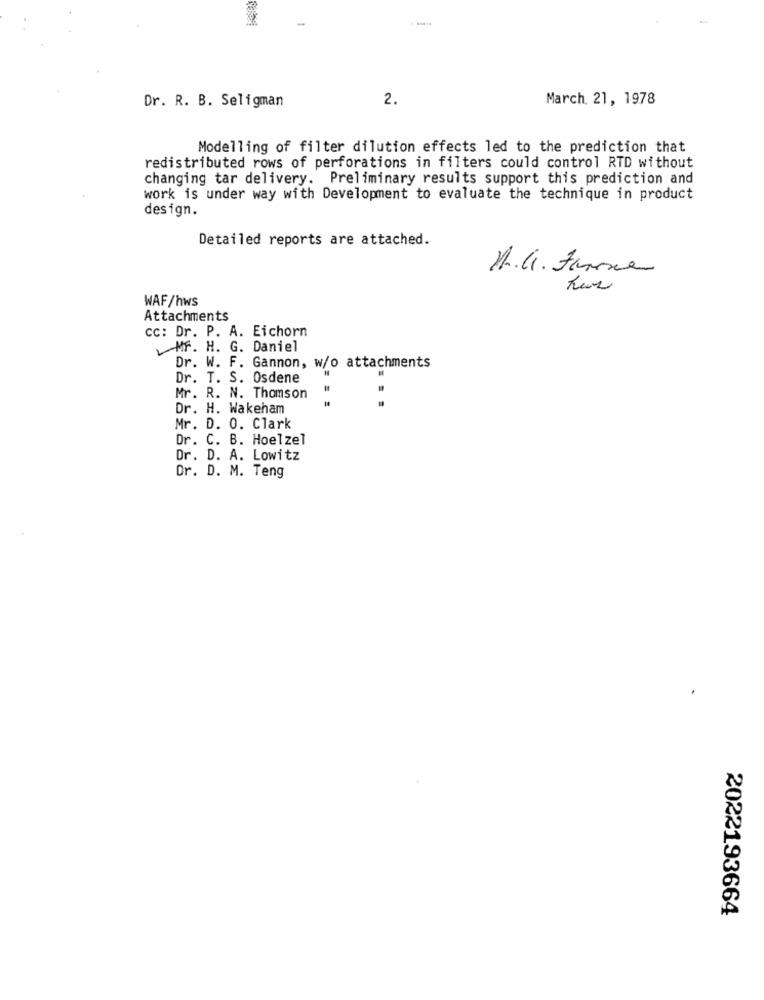
2.
March 21, 1978
Dr. R. B. Seligman
Modelling of filter dilution effects led to the prediction that
redistributed rows of perforations in filters could control RTD without
changing tar delivery. Preliminary results support this prediction and
work is under way with Development to evaluate the technique in product
design.
Detailed reports are attached.
M.G. farina
WAF/hws
Attachments
cc: Dr. P. A. Eichorn
Mr. H. G. Daniel
Dr. W. F. Gannon, w/o attachments
Dr. T. S. Osdene
Mr. R. N. Thomson
Dr. H. Wakeham
Mr. D. O. Clark
Dr. C. B. Hoelzel
Dr. D. A. Lowitz
Dr. D. M. Teng
2022193664